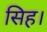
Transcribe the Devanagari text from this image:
सिह।